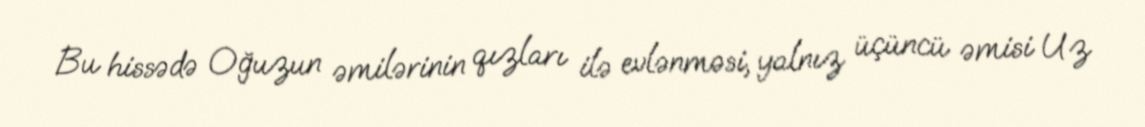
Bu hissədə Oğuzun əmilərinin qızları ilə evlənməsi, yalnız üçüncü əmisi Uz